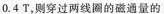
0.4T，则穿过两线圈的磁通量的